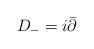
LaTeX: \begin{align*}D_{-} = i\bar \partial\end{align*}